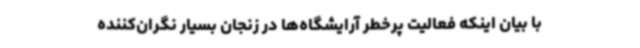
با بیان اینکه فعالیت پرخطر آرایشگاه‌ها در زنجان بسیار نگران‌کننده